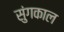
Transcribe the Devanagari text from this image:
सुंगकाल